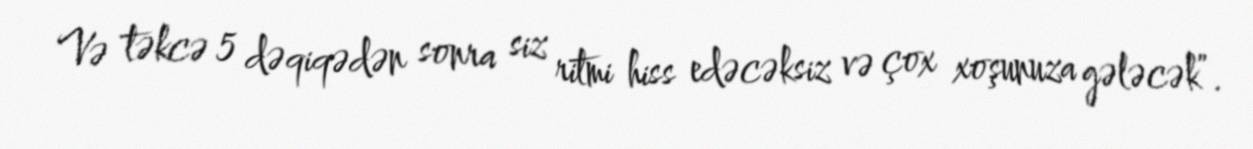
Və təkcə 5 dəqiqədən sonra siz ritmi hiss edəcəksiz və çox xoşunuza gələcək”.